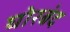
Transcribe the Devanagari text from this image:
घोरबंद